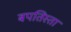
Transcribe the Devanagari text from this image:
बपतिस्ता